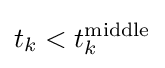
t_{k}<t_{k}^{\rm {middle}}